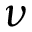
\nu